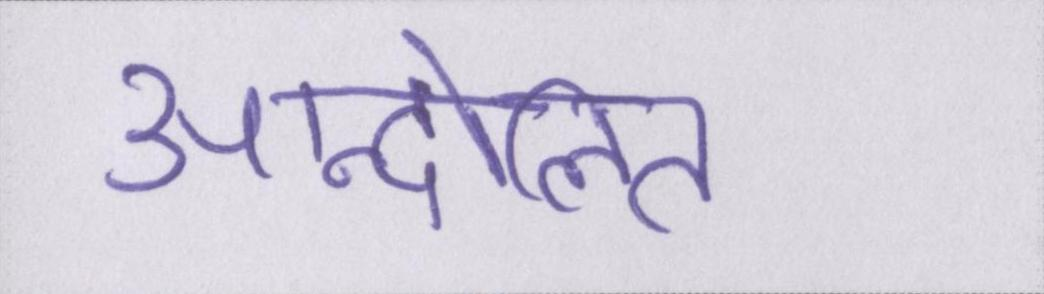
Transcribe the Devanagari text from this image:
आन्दोलित